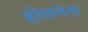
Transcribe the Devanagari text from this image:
होलनेस